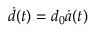
{ \dot { d } } ( t ) = d _ { 0 } { \dot { a } } ( t )